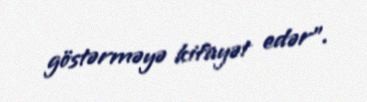
göstərməyə kifayət edər".